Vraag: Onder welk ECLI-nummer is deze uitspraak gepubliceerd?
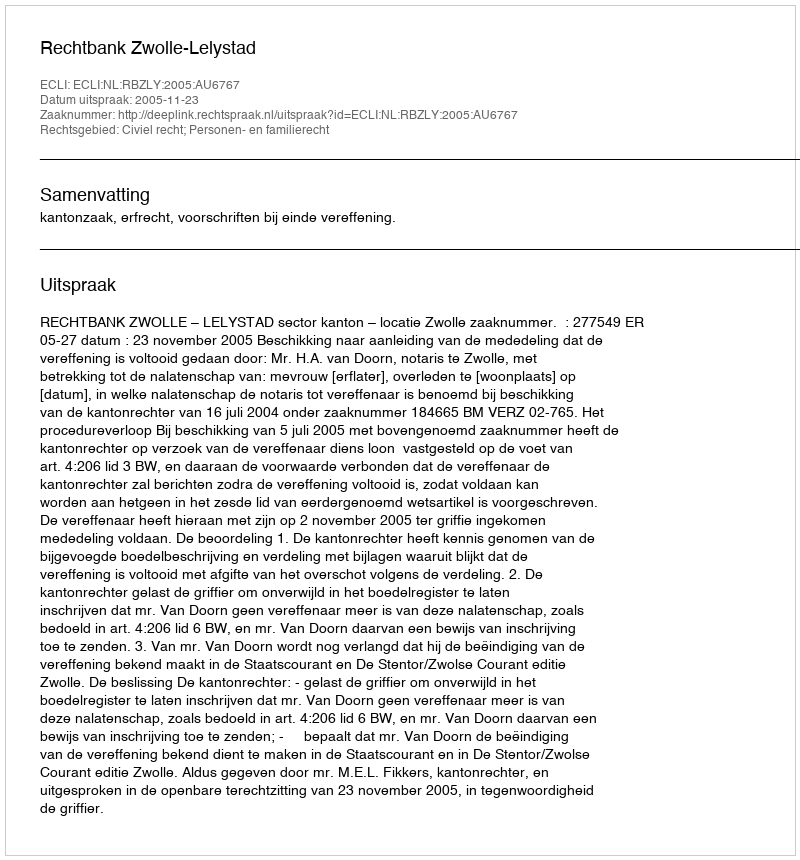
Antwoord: ECLI:NL:RBZLY:2005:AU6767